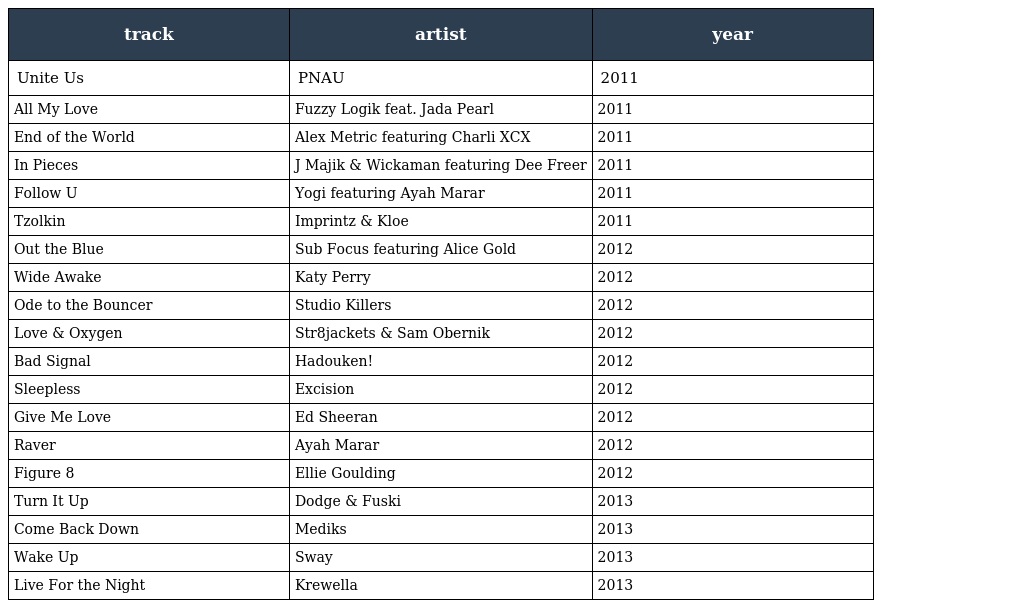
| track | artist | year |
 | --- | --- | --- |
 | Unite Us | PNAU | 2011 |
 | All My Love | Fuzzy Logik feat. Jada Pearl | 2011 |
 | End of the World | Alex Metric featuring Charli XCX | 2011 |
 | In Pieces | J Majik & Wickaman featuring Dee Freer | 2011 |
 | Follow U | Yogi featuring Ayah Marar | 2011 |
 | Tzolkin | Imprintz & Kloe | 2011 |
 | Out the Blue | Sub Focus featuring Alice Gold | 2012 |
 | Wide Awake | Katy Perry | 2012 |
 | Ode to the Bouncer | Studio Killers | 2012 |
 | Love & Oxygen | Str8jackets & Sam Obernik | 2012 |
 | Bad Signal | Hadouken! | 2012 |
 | Sleepless | Excision | 2012 |
 | Give Me Love | Ed Sheeran | 2012 |
 | Raver | Ayah Marar | 2012 |
 | Figure 8 | Ellie Goulding | 2012 |
 | Turn It Up | Dodge & Fuski | 2013 |
 | Come Back Down | Mediks | 2013 |
 | Wake Up | Sway | 2013 |
 | Live For the Night | Krewella | 2013 |